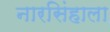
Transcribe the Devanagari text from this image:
नारसिंहाला